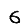
Digit: 6